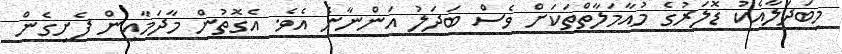
މިބަދަލާއެކު ޑޮލަރުގެ މުއާމަލާތްތަކަށް ވެސް ބަދަލު އަންނާނެ އެވެ. އެގޮތުން މާދަމާއިން ފެށިގެން